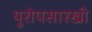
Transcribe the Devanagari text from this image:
युरोपसारखी